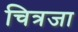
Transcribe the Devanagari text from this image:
चित्रजा